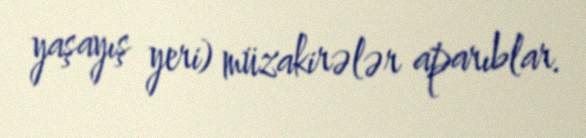
yaşayış yeri) müzakirələr aparıblar.